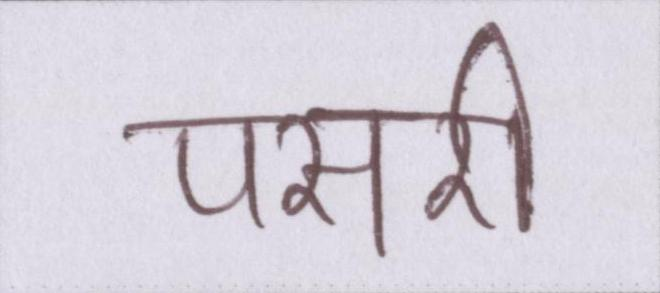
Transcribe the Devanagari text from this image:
पसरी